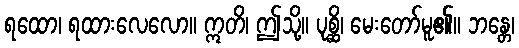
ရထော၊ ရထားလေလော။ ဣတိ၊ ဤသို့။ ပုစ္ဆိ၊ မေးတော်မူ၏။ ဘန္တေ၊